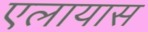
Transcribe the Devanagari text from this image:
एलायास